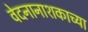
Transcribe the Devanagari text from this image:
वेदनानाशकाच्या